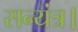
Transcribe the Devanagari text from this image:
सन्यंत्र।